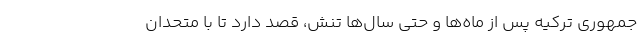
‌جمهوری ترکیه پس از ماه‌ها و حتی سال‌ها تنش، قصد دارد تا با متحدان